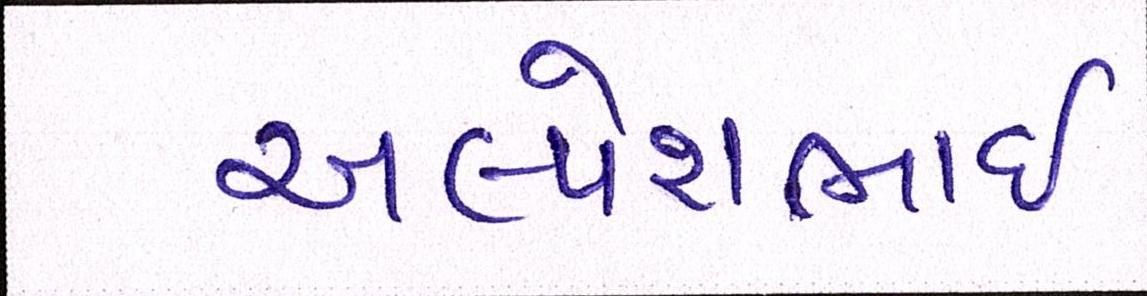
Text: અલ્પેશભાઇ